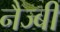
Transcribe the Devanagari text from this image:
नैज्बी